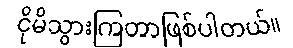
ငိုမိသွားကြတာဖြစ်ပါတယ်။